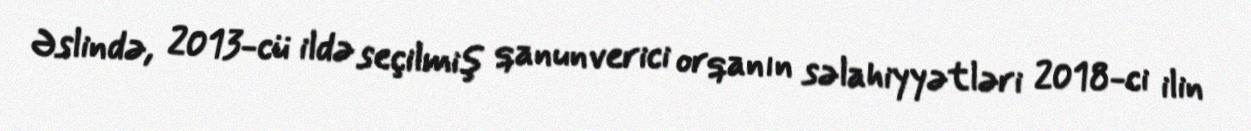
Əslində, 2013-cü ildə seçilmiş qanunverici orqanın səlahiyyətləri 2018-ci ilin